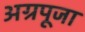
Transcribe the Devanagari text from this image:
अग्रपूजा